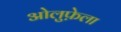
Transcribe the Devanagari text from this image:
ओलुफ़ेला